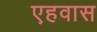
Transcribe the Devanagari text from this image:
एहवास